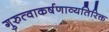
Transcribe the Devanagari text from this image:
गुरुत्वाकर्षणाव्यतिरिक्त